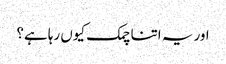
اور یہ اتنا چمک کیوں رہا ہے؟